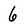
Character: 6